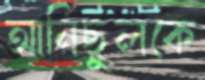
আনিছুলকে